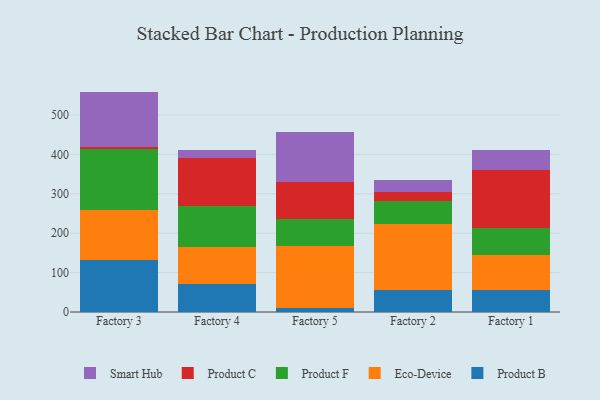
{"axis": {"x": "Factory", "y": "Shipments"}, "legend": ["Eco-Device", "Product B", "Product C", "Product F", "Smart Hub"], "data": [{"x": "Factory 3", "y": 133.2, "type": "Product B"}, {"x": "Factory 3", "y": 125.5, "type": "Eco-Device"}, {"x": "Factory 3", "y": 155.3, "type": "Product F"}, {"x": "Factory 3", "y": 6.0, "type": "Product C"}, {"x": "Factory 3", "y": 139.4, "type": "Smart Hub"}, {"x": "Factory 4", "y": 72.0, "type": "Product B"}, {"x": "Factory 4", "y": 94.0, "type": "Eco-Device"}, {"x": "Factory 4", "y": 104.2, "type": "Product F"}, {"x": "Factory 4", "y": 121.1, "type": "Product C"}, {"x": "Factory 4", "y": 19.9, "type": "Smart Hub"}, {"x": "Factory 5", "y": 11.2, "type": "Product B"}, {"x": "Factory 5", "y": 157.3, "type": "Eco-Device"}, {"x": "Factory 5", "y": 67.5, "type": "Product F"}, {"x": "Factory 5", "y": 94.7, "type": "Product C"}, {"x": "Factory 5", "y": 125.8, "type": "Smart Hub"}, {"x": "Factory 2", "y": 56.1, "type": "Product B"}, {"x": "Factory 2", "y": 166.2, "type": "Eco-Device"}, {"x": "Factory 2", "y": 60.6, "type": "Product F"}, {"x": "Factory 2", "y": 21.2, "type": "Product C"}, {"x": "Factory 2", "y": 32.2, "type": "Smart Hub"}, {"x": "Factory 1", "y": 56.5, "type": "Product B"}, {"x": "Factory 1", "y": 88.2, "type": "Eco-Device"}, {"x": "Factory 1", "y": 69.4, "type": "Product F"}, {"x": "Factory 1", "y": 146.6, "type": "Product C"}, {"x": "Factory 1", "y": 50.4, "type": "Smart Hub"}]}